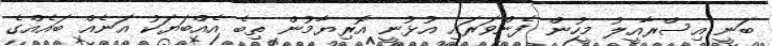
ބަނީ އިސްރާއީލު މީހުން ފެންވަރައި އުޅުނީ އޮރިޔާމުން ތިބެ އެއްބަޔަކު އަނެއް ބައެއްގެ